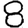
Digit: 8